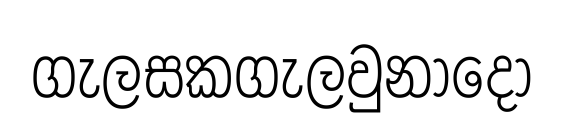
ගැලසකගැලවුනාදෝ